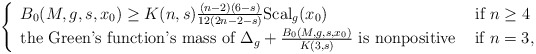
\begin{align*}\left\{\begin{array}{ll}B_0(M,g,s,x_0) \geq K(n,s)\frac{(n-2)(6-s)}{12(2n-2-s)}\hbox{Scal}_g(x_0)&\hbox{ if }n\geq 4\\\hbox{the Green's function's mass of }\Delta_g+ \frac{B_0(M,g,s,x_0)}{K(3,s)}\hbox{ is nonpositive}&\hbox{ if }n=3,\end{array}\right.\end{align*}